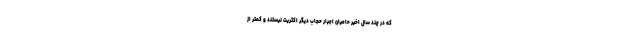
که در چند سال اخیر حامیان اجبار حجاب دیگر اکثریت نیستند و کمتر از